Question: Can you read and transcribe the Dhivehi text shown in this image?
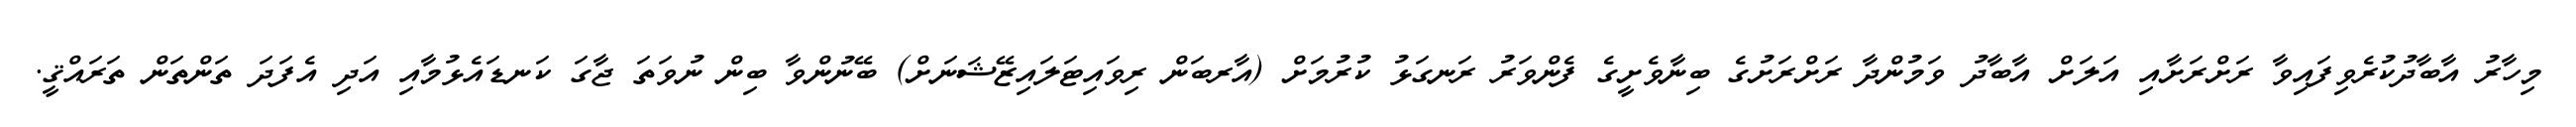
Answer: މިހާރު އާބާދުކުރެވިފައިވާ ރަށްރަށާއި އަލަށް އާބާދު ވަމުންދާ ރަށްރަށުގެ ބިނާވެށީގެ ފެންވަރު ރަނގަޅު ކުރުމަށް (އާރބަން ރިވައިޓަލައިޒޭޝަނަށް) ބޭނުންވާ ބިން ނުވަތަ ޖާގަ ކަނޑައެޅުމާއި އަދި އެފަދަ ތަންތަން ތަރައްޤީ.